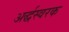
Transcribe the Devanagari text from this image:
अर्द्धस्वरक